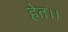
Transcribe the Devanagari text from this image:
हेत।।